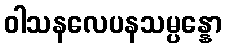
ဝါသနလေပနသမ္ပန္နော